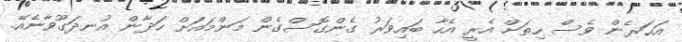
އަހަރެން ވެސް ހިތަށް އެރީ އެހާ ބައިވަރު ގެންގޮސްގެން މަންމައަށް ހަދާން އުނދަގޫވާނެއޭ.